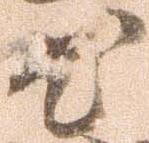
尤